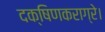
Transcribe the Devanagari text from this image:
दक्षिणकराग्रे।